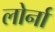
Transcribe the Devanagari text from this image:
लोर्ना